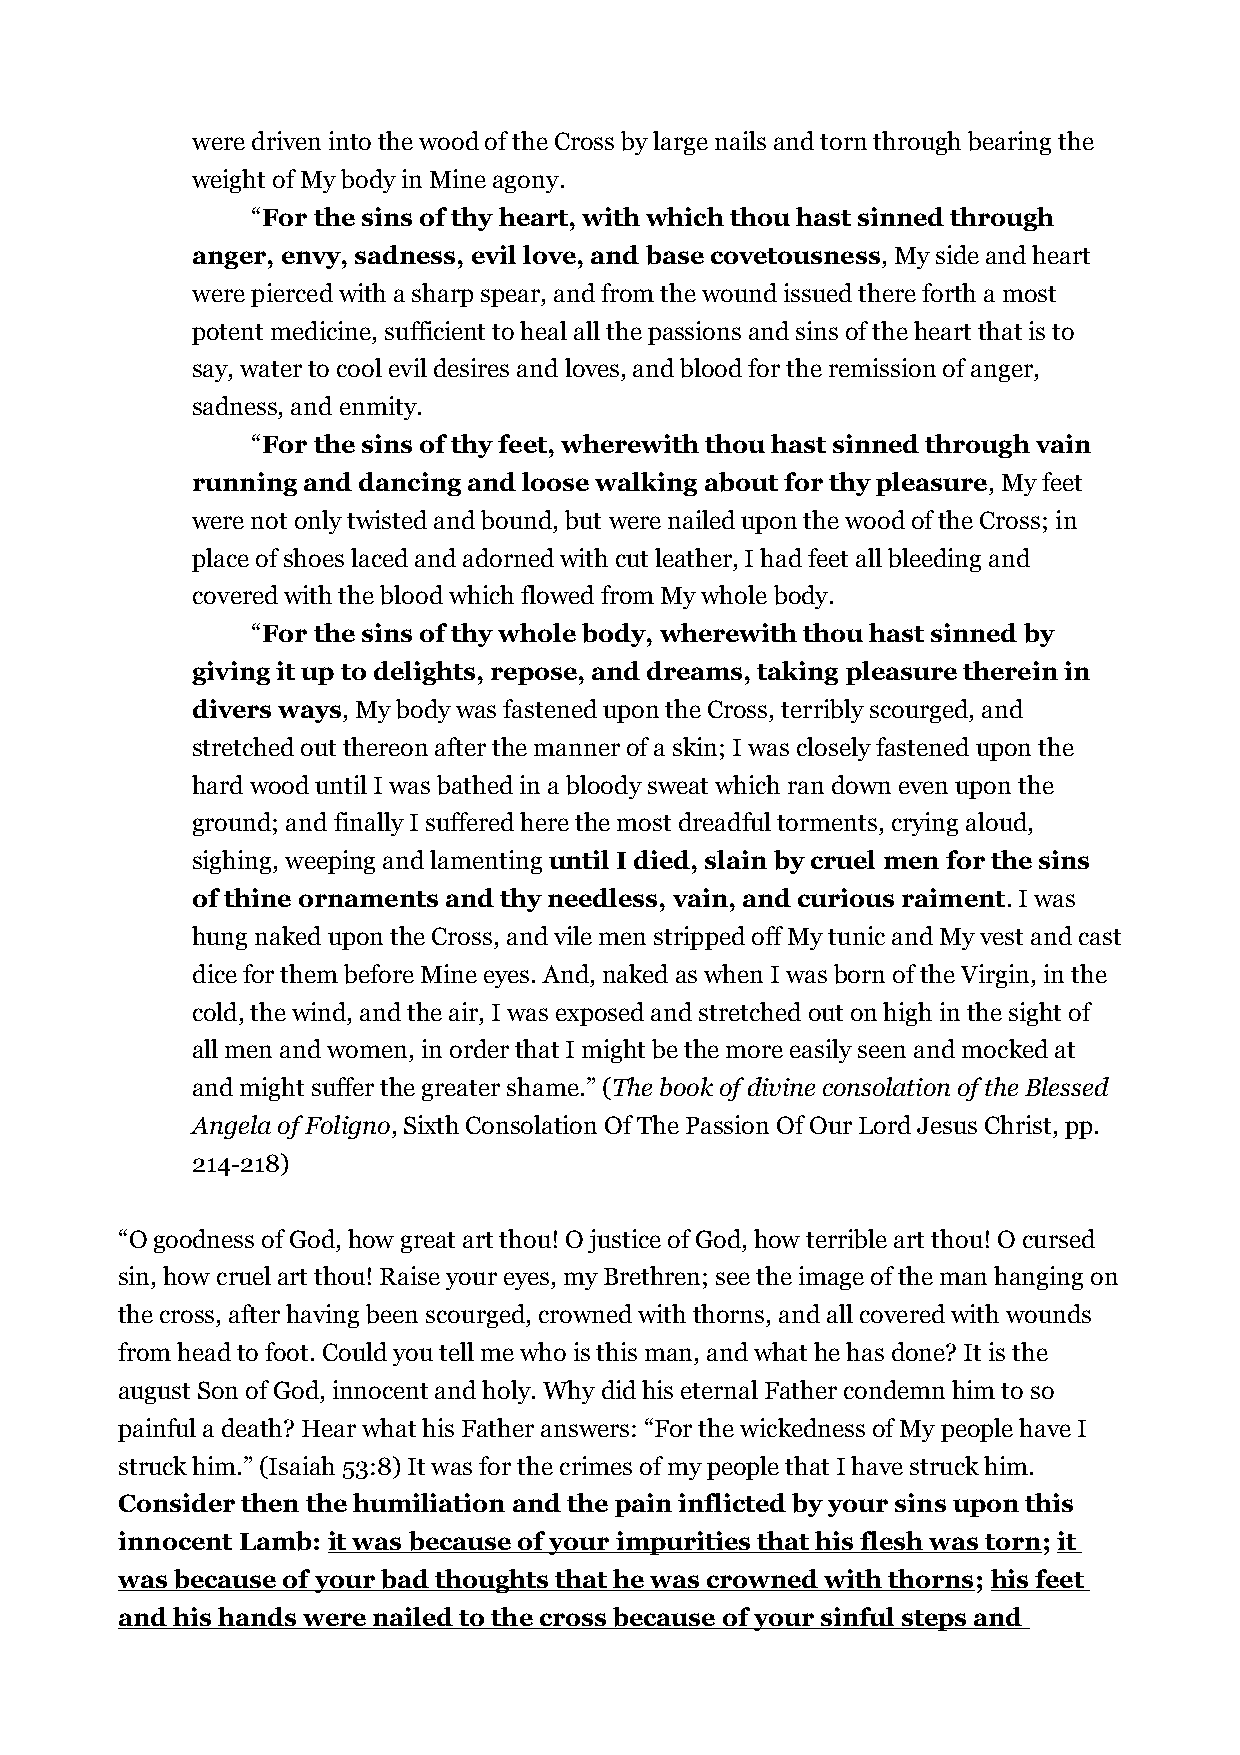
were driven into the wood of the Cross by large nails and torn through bearing the
 weight of My body in Mine agony.
 “For the sins of thy heart, with which thou hast sinned through
 anger, envy, sadness, evil love, and base covetousness, My side and heart
 were pierced with a sharp spear, and from the wound issued there forth a most
 potent medicine, sufficient to heal all the passions and sins of the heart that is to
 say, water to cool evil desires and loves, and blood for the remission of anger,
 sadness, and enmity.
 “For the sins of thy feet, wherewith thou hast sinned through vain
 running and dancing and loose walking about for thy pleasure, My feet
 were not only twisted and bound, but were nailed upon the wood of the Cross; in
 place of shoes laced and adorned with cut leather, I had feet all bleeding and
 covered with the blood which flowed from My whole body.
 “For the sins of thy whole body, wherewith thou hast sinned by
 giving it up to delights, repose, and dreams, taking pleasure therein in
 divers ways, My body was fastened upon the Cross, terribly scourged, and
 stretched out thereon after the manner of a skin; I was closely fastened upon the
 hard wood until I was bathed in a bloody sweat which ran down even upon the
 ground; and finally I suffered here the most dreadful torments, crying aloud,
 sighing, weeping and lamenting until I died, slain by cruel men for the sins
 of thine ornaments and thy needless, vain, and curious raiment. I was
 hung naked upon the Cross, and vile men stripped off My tunic and My vest and cast
 dice for them before Mine eyes. And, naked as when I was born of the Virgin, in the
 cold, the wind, and the air, I was exposed and stretched out on high in the sight of
 all men and women, in order that I might be the more easily seen and mocked at
 and might suffer the greater shame.” (The book of divine consolation of the Blessed
 Angela of Foligno, Sixth Consolation Of The Passion Of Our Lord Jesus Christ, pp.
 214-218)
 “O goodness of God, how great art thou! O justice of God, how terrible art thou! O cursed
 sin, how cruel art thou! Raise your eyes, my Brethren; see the image of the man hanging on
 the cross, after having been scourged, crowned with thorns, and all covered with wounds
 from head to foot. Could you tell me who is this man, and what he has done? It is the
 august Son of God, innocent and holy. Why did his eternal Father condemn him to so
 painful a death? Hear what his Father answers: “For the wickedness of My people have I
 struck him.” (Isaiah 53:8) It was for the crimes of my people that I have struck him.
 Consider then the humiliation and the pain inflicted by your sins upon this
 innocent Lamb: it was because of your impurities that his flesh was torn; it
 was because of your bad thoughts that he was crowned with thorns; his feet
 and his hands were nailed to the cross because of your sinful steps and